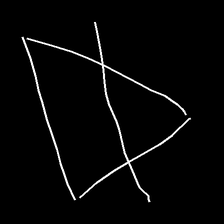
Glyph: empower